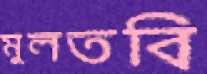
মুলতবি